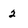
Character: 2